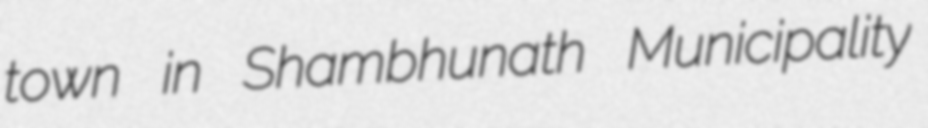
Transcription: town in Shambhunath Municipality